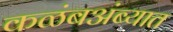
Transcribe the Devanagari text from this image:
कळंबअंब्यात